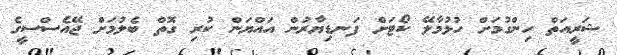
ޝަރީއަތް ހިންގުމަށް ހުޅުމާލޭ ކޯޓަށް ފަނޑިޔާރުން އައްޔަން ކުރި ގޮތް ބެލުމަށް ޖޭއެސްސީގެ